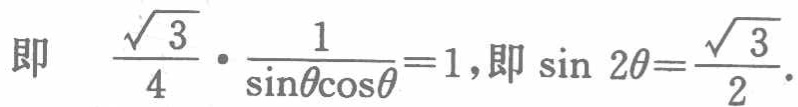
即 $\frac{\sqrt{3}}{4}\cdot\frac{1}{\sin\theta\cos\theta}=1$,即 $\sin 2\theta=\frac{\sqrt{3}}{2}$.